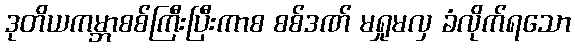
ဒုတိယကမ္ဘာစစ်ကြီးပြီးကာစ စစ်ဒဏ် မရှုမလှ ခံလိုက်ရသော